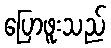
ပြောဖူးသည်